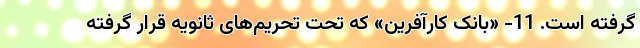
گرفته است. 11- «بانک کارآفرین» که تحت تحریم‌های ثانویه قرار گرفته